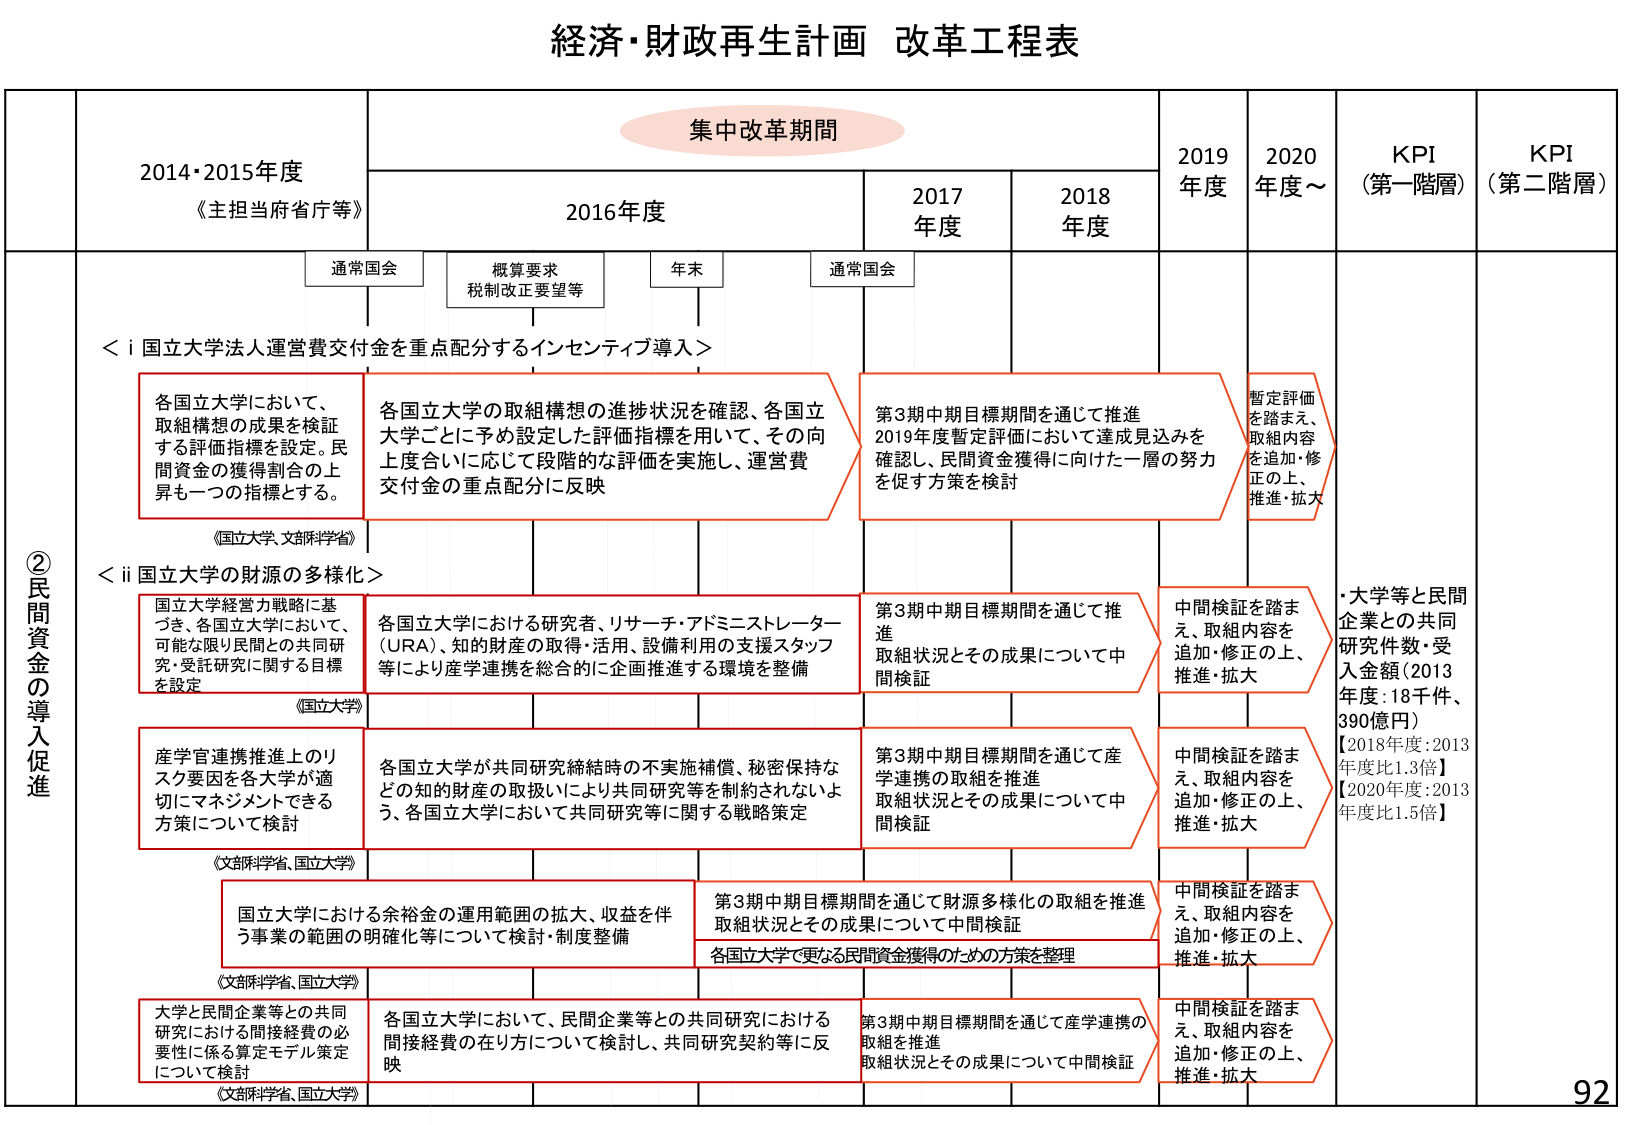
経済・財政再生計画 改革工程表

集中改革期間

2014・2015年度
《主担当府省庁等》

2016年度
通常国会
概算要求
税制改正要望等
年末

2017年度
通常国会

2018年度

2019年度

2020年度～

KPI
（第一階層）

KPI
（第二階層）

②民間資金の導入促進

＜i 国立大学法人運営費交付金を重点配分するインセンティブ導入＞

各国立大学において、
取組構想の成果を検証
する評価指標を設定。民間資金の獲得割合の上昇も一つの指標とする。

各国立大学の取組構想の進捗状況を確認、各国立大学ごとに予め設定した評価指標を用いて、その向上度合いに応じて段階的な評価を実施し、運営費交付金の重点配分に反映

第3期中期目標期間を通じて推進
2019年度暫定評価において達成見込みを確認し、民間資金獲得に向けた一層の努力を促す方策を検討

暫定評価を踏まえ、取組内容を追加・修正の上、推進・拡大

＜ii 国立大学の財源の多様化＞

《国立大学、文部科学省》

国立大学経営方戦略に基づき、各国立大学において、可能な限り民間との共同研究・受託研究に関する目標を設定

各国立大学における研究者、リサーチ・アドミニストレーター（URA）、知的財産の取得・活用、設備利用の支援スタッフ等により産学連携を総合的に企画推進する環境を整備

第3期中期目標期間を通じて推進
取組状況とその成果について中間検証

中間検証を踏まえ、取組内容を追加・修正の上、推進・拡大

・大学等と民間企業との共同研究件数・受入金額（2013年度：18千件、390億円）
【2018年度：2013年度比1.3倍】
【2020年度：2013年度比1.5倍】

《国立大学》

産学官連携推進上のリスク要因を各大学が適切にマネジメントできる方策について検討

各国立大学が共同研究締結時の不実施補償、秘密保持などの知的財産の取扱いにより共同研究等を制約されないよう、各国立大学において共同研究等に関する戦略策定

第3期中期目標期間を通じて産学連携の取組を推進
取組状況とその成果について中間検証

中間検証を踏まえ、取組内容を追加・修正の上、推進・拡大

《文部科学省、国立大学》

国立大学における余裕金の運用範囲の拡大、収益を伴う事業の範囲の明確化等について検討・制度整備

第3期中期目標期間を通じて財源多様化の取組を推進
取組状況とその成果について中間検証
各国立大学で更なる民間資金獲得のための方策を整理

中間検証を踏まえ、取組内容を追加・修正の上、推進・拡大

《文部科学省、国立大学》

大学と民間企業等との共同研究における間接経費の必要性に係る算定モデル策定について検討

各国立大学において、民間企業等との共同研究における間接経費の在り方について検討し、共同研究契約等に反映

第3期中期目標期間を通じて産学連携の取組を推進
取組状況とその成果について中間検証

中間検証を踏まえ、取組内容を追加・修正の上、推進・拡大

92